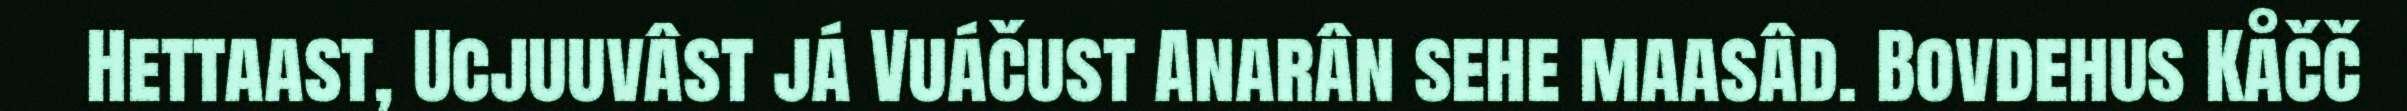
Hettaast, Ucjuuvâst já Vuáčust Anarân sehe maasâd. Bovdehus Kåčč